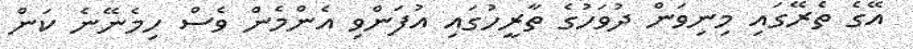
އޭގެ ތެރޭގައި މިނިވަން ދުވަހުގެ ތާރީހުގައި އުފަންވި އެންމެން ވެސް ހިމެނޭނެ ކަން